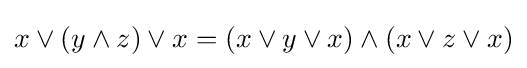
x\vee (y\wedge z)\vee x=(x\vee y\vee x)\wedge (x\vee z\vee x)